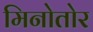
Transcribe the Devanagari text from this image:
मिनोतोर